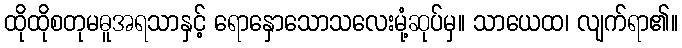
ထိုထိုစတုမဓူအရသာနှင့် ရောနှောသောသလေးမုံ့ဆုပ်မှ။ သာယေထ၊ လျက်ရာ၏။